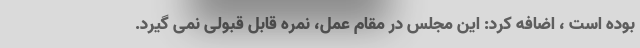
بوده است ، اضافه کرد: این مجلس در مقام عمل، نمره قابل قبولی نمی گیرد.